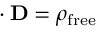
\mathbf { \nabla } \cdot \mathbf { D } = \rho _ { \mathrm { f r e e } }